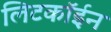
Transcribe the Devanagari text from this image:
लिटकॉईन